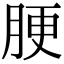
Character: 𦛟